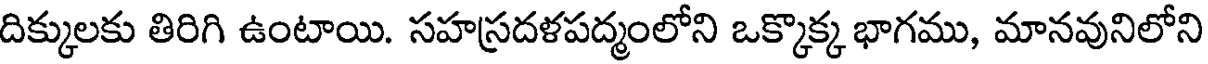
దిక్కులకు తిరిగి ఉంటాయి. సహస్రదళపద్మంలోని ఒక్కొక్క భాగము, మానవునిలోని